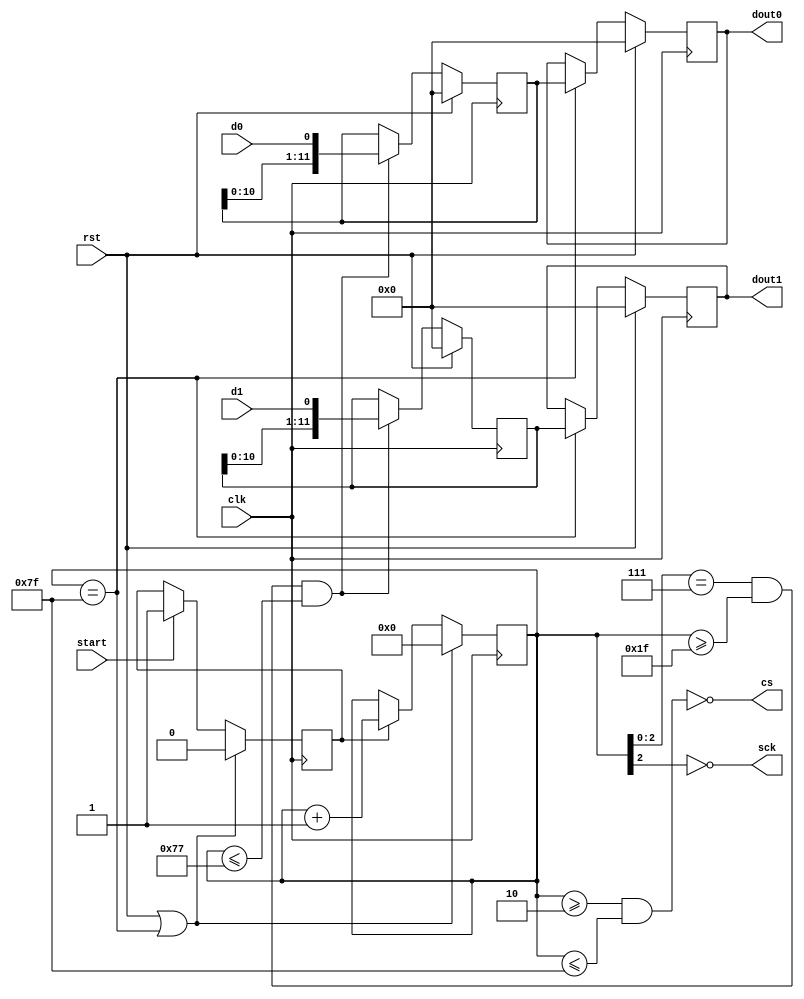
/********************************************************************/
/*                                                                  */
/* Interfesz a PmodAD1 A/D konverter modulhoz.                      */
/*                                                                  */
/*   - Egy orajel hosszu inditoimpulzust kell adni a start          */
/*     bemenetre, ezutan 128 orajel mulva megjelenik a vett adat.   */
/*                                                                  */
/********************************************************************/

`timescale 1ns / 1ps

module adc(
	input clk,                    //rendszerorajel (100 MHz)
	input rst,                    //reset
	input start,                  //egy orajelnyi triggerimpulzus
	output sck,                   //SPI orajel
	output cs,                    //chip select (alacsony aktiv!)
	input d0,                     //adatbemenet 1
	input d1,                     //adatbemenet 2
	output reg[11:0] dout0, dout1 //itt jelenik meg az adat a konverzio vegen
);

	/* szamlalo az utemezeshez */
	reg busy;
	reg[6:0] cntr;
	always@(posedge clk)
		if(rst|(cntr==7'd127))
			cntr<=0;
		else if(busy)
			cntr<=cntr+1'b1;

	/* statuszregiszter: 1, ha konverzio van folyamatban */
	always@(posedge clk)
		if(rst|(cntr==7'd127))
			busy<=0;
		else if(start)
			busy<=1;

	/* SPI orajel 12.5 MHz */
	assign sck=~cntr[2];

	/* SCLK felfuto el a mintavetelezeshez */
	wire sck_rise;
	assign sck_rise=(cntr[2:0]==3'b111);

	/* chip select */
	assign cs=~((cntr>=2)&&(cntr<=7'd127));

	/* shift regiszterek */
	reg[11:0] shr[0:1];
	always@(posedge clk)
		if(rst)
		begin
			shr[0]<=0;
			shr[1]<=0;
		end
		else if(sck_rise&(cntr>=31)&(cntr<=119))
		begin
			shr[0]<={shr[0][10:0],d0};
			shr[1]<={shr[1][10:0],d1};
		end

	/* ervenyes adat kivagasa */
	always@(posedge clk)
		if(rst)
		begin
			dout0<=0;
			dout1<=0;
		end
		else if(cntr==7'd127)
		begin
			dout0<=shr[0];
			dout1<=shr[1];
		end

endmodule